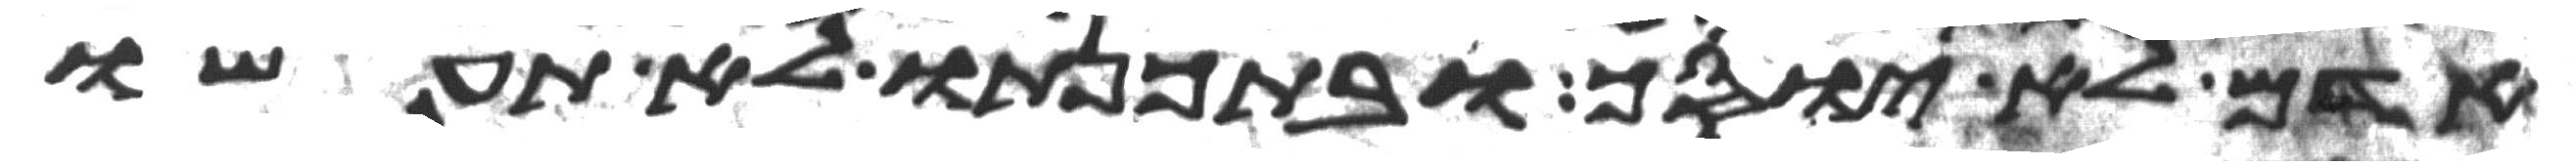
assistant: אדם לא יוסך ובתכנתו לא תעשו